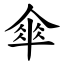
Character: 傘